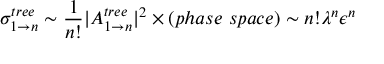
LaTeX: \sigma _ { 1 \to n } ^ { t r e e } \sim \frac { 1 } { n ! } | A _ { 1 \to n } ^ { t r e e } | ^ { 2 } \times ( p h a s e ~ s p a c e ) \sim n ! \lambda ^ { n } \epsilon ^ { n }